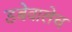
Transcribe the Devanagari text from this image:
डबेवालेच